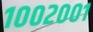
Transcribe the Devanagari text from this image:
१००२००१